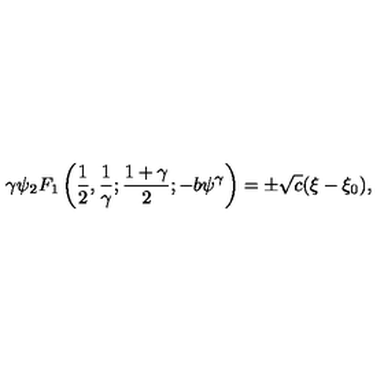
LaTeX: \gamma \psi { _ { 2 } F _ { 1 } } \left( { \frac { 1 } { 2 } } , { \frac { 1 } { \gamma } } ; { \frac { 1 + \gamma } { 2 } } ; - b \psi ^ { \gamma } \right) = \pm \sqrt { c } ( \xi - \xi _ { 0 } ) ,